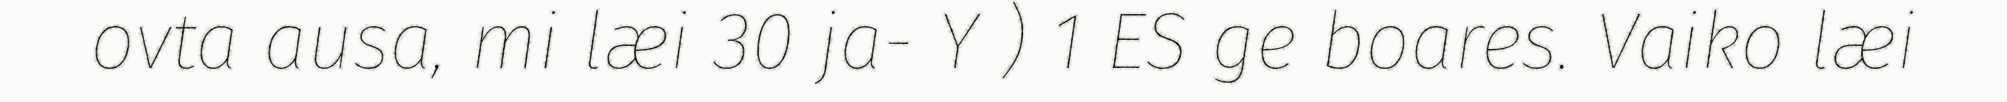
ovta ausa, mi læi 30 ja- Y ) 1 ES ge boares. Vaiko læi